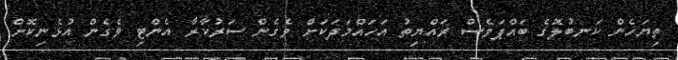
ތިޔަހެން ކަނބުލޮގެ ބައްޕަވެސް ރައްޔިތު އަހައްމަދަކަށް ވެގެން ސަރުކާރާ އެންޓި ވެގެން އުޅެނިކޮށް